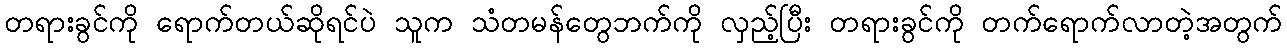
တရားခွင်ကို ရောက်တယ်ဆိုရင်ပဲ သူက သံတမန်တွေဘက်ကို လှည့်ပြီး တရားခွင်ကို တက်ရောက်လာတဲ့အတွက်